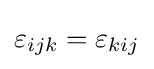
\varepsilon _{ijk}=\varepsilon _{kij}